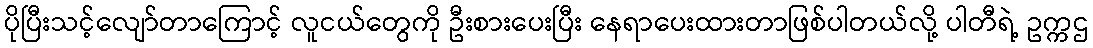
ပိုပြီးသင့်လျော်တာကြောင့် လူငယ်တွေကို ဦးစားပေးပြီး နေရာပေးထားတာဖြစ်ပါတယ်လို့ ပါတီရဲ့ ဥက္ကဌ